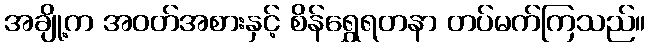
အချို့က အဝတ်အစားနှင့် စိန်ရွှေရတနာ တပ်မက်ကြသည်။